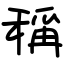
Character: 稱